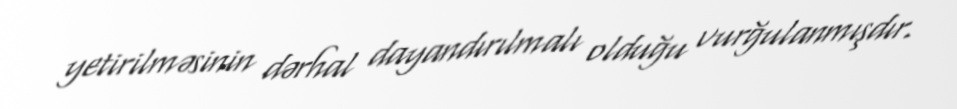
yetirilməsinin dərhal dayandırılmalı olduğu vurğulanmışdır.